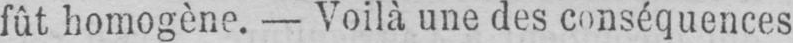
fût homogène. - Voilà une des conséquences